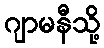
ဂျာမနီသို့